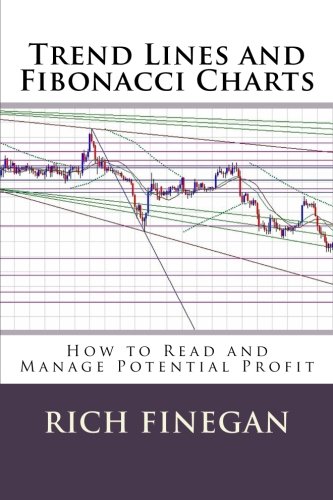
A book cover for Trend Lines and Fibonacci Charts: How to Read and Manage Potential Profit; Rich Finegan; Business & Money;